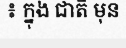
៖ ក្នុង ជាតិ មុន